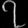
Digit: ၇